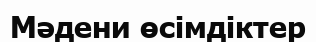
Мәдени өсімдіктер